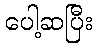
ပေါ့ဆပြီး